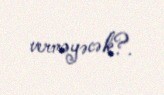
verməyəcək?.